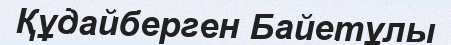
Құдайберген Байетұлы